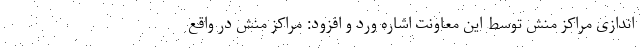
اندازی مراکز منش توسط این معاونت اشاره ورد و افزود: مراکز منش در واقع